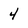
Character: 4